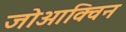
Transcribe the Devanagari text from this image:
जोआक्विन